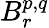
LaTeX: B_{r}^{p,q}